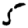
Digit: 5